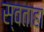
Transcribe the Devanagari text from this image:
स्वताहा